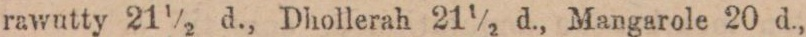
rawutty 21½ d., Dhollerah 21½ d., Mangarole 20 d.,